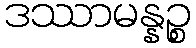
ဒဿာမန္နဉ္စ